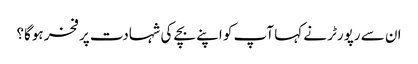
ان سے رپورٹر نے کہا آپ کو اپنے بچے کی شہادت پر فخر ہوگا؟